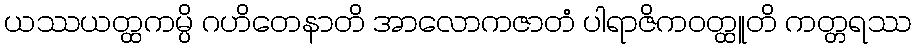
ယဿယတ္ထကမ္ပိ ဂဟိတေနာတိ အာလောကဇာတံ ပါရာဇိကဝတ္ထူတိ ကတ္တရဿ